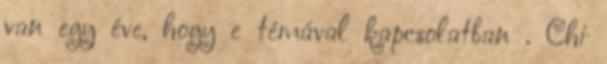
van egy éve, hogy e témával kapcsolatban . Chi